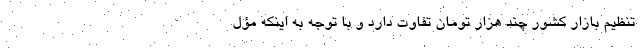
تنظیم بازار کشور چند هزار تومان تفاوت دارد و با توجه به اینکه مؤل